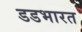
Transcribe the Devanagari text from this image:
डडभारत